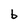
Character: b